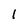
Character: l